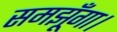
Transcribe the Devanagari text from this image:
समझूँगा।